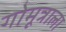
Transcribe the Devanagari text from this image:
गोमूत्राला